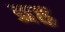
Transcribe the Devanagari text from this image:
व्रह